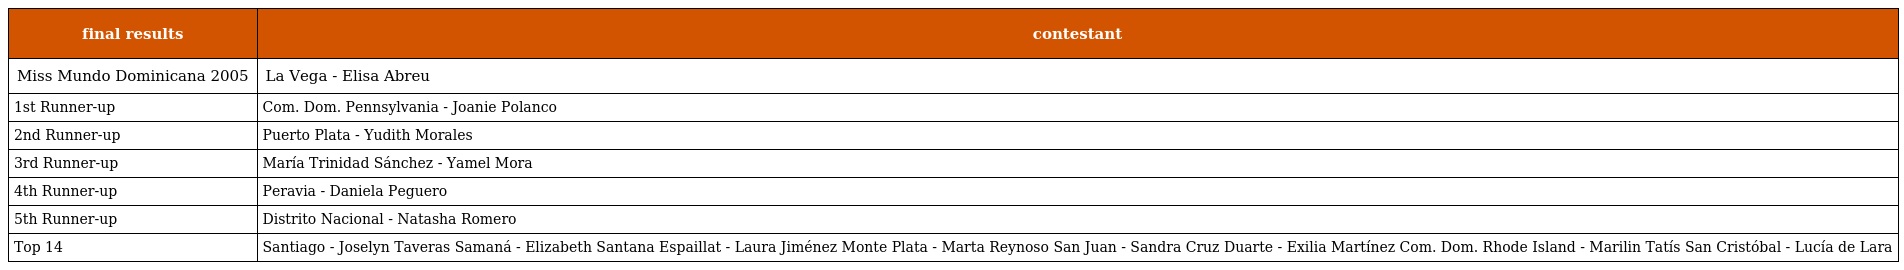
| final results | contestant |
 | --- | --- |
 | Miss Mundo Dominicana 2005 | La Vega - Elisa Abreu |
 | 1st Runner-up | Com. Dom. Pennsylvania - Joanie Polanco |
 | 2nd Runner-up | Puerto Plata - Yudith Morales |
 | 3rd Runner-up | María Trinidad Sánchez - Yamel Mora |
 | 4th Runner-up | Peravia - Daniela Peguero |
 | 5th Runner-up | Distrito Nacional - Natasha Romero |
 | Top 14 | Santiago - Joselyn Taveras Samaná - Elizabeth Santana Espaillat - Laura Jiménez Monte Plata - Marta Reynoso San Juan - Sandra Cruz Duarte - Exilia Martínez Com. Dom. Rhode Island - Marilin Tatís San Cristóbal - Lucía de Lara |